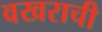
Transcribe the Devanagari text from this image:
वखराची